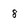
Character: 8